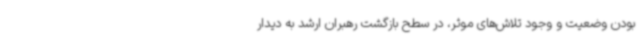
بودن وضعیت و وجود تلاش‌های موثر، در سطح بازگشت رهبران ارشد به دیدار